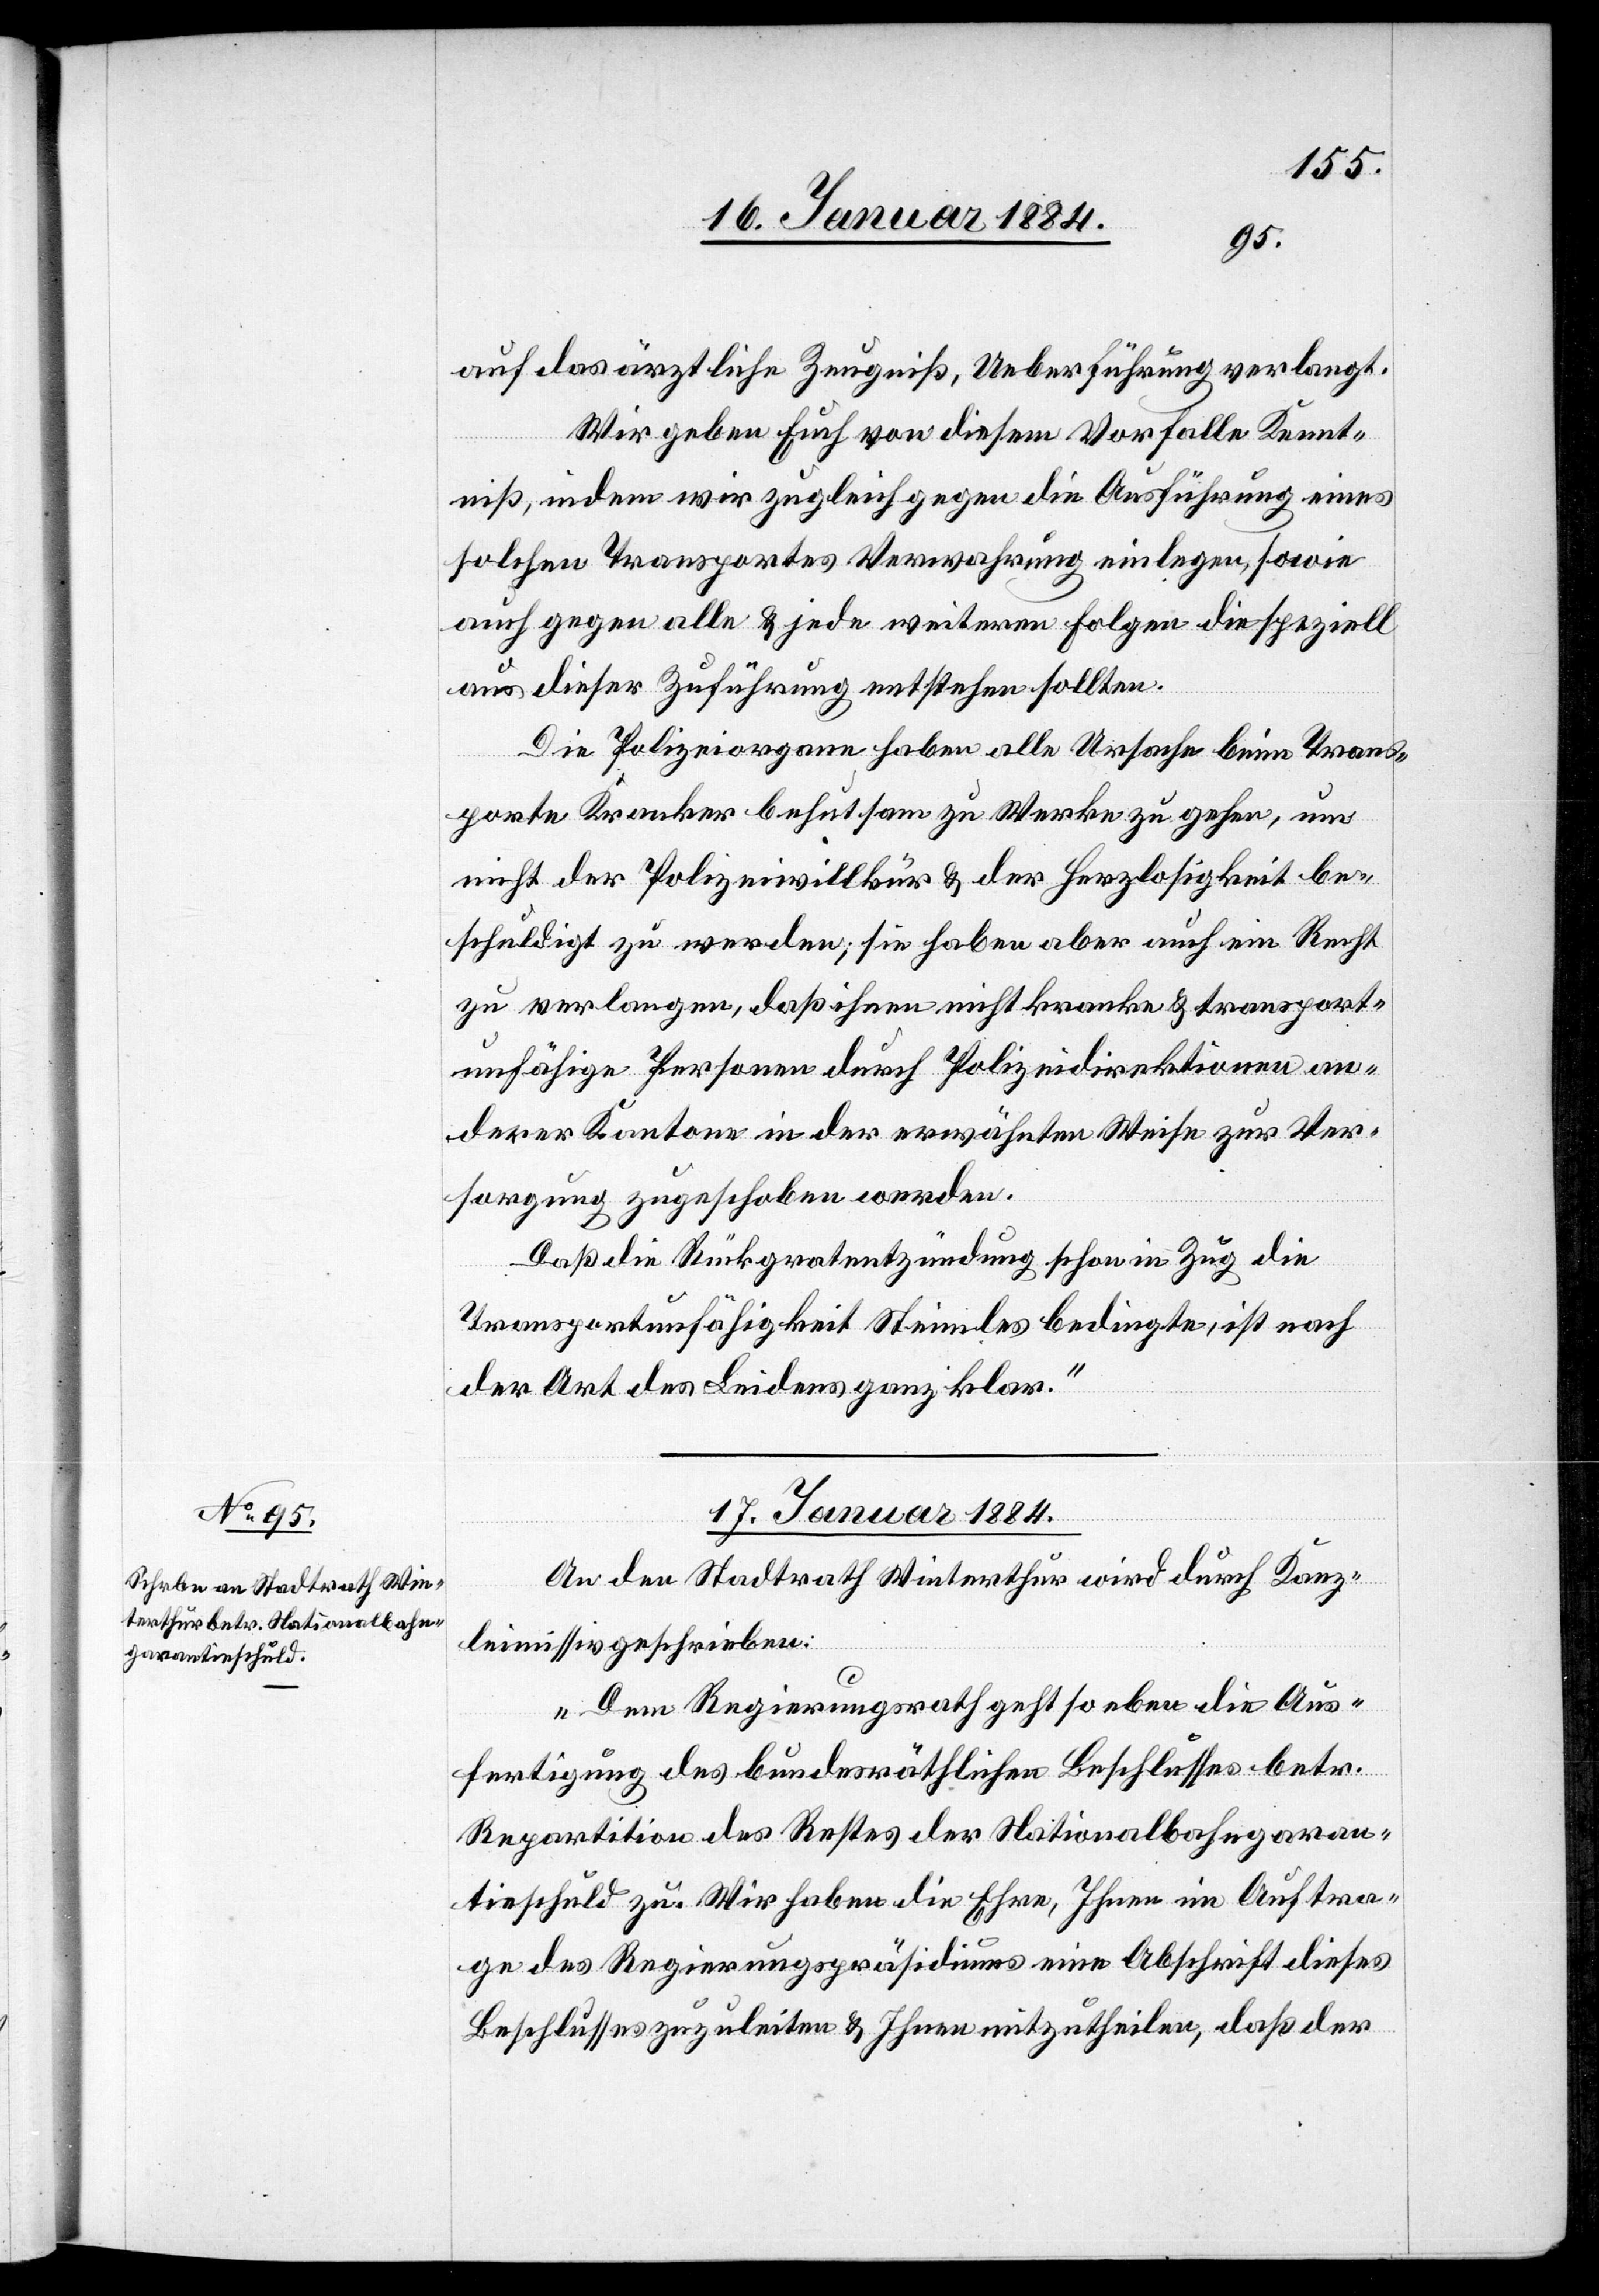
auf das ärztliche Zeugniß, Ueberführung verlangt.
Wir geben Euch von diesem Vorfalle Kennt¬
niß, indem wir zugleich gegen die Ausführung eines
solchen Transportes Verwahrung einlegen, sowie
auch gegen alle & jede weiteren Folgen die speziell
aus dieser Zuführung entstehen sollten.
Die Polizeiorgane haben alle Ursachen beim Trans¬
porte Kranker behutsam zu Werke zu gehen, um
nicht der Polizeiwillkür & der Herzlosigkeit be¬
schuldigt zu werden; sie haben aber auch ein Recht
zu verlangen, daß ihnen nicht kranke & transport¬
unfähige Personen durch Polizeidirektionen an¬
derer Kantone in der erwähnten Weise zur Ver¬
sorgung zugeschoben werden.
Daß die Rückgratentzündung schon in Zug die
Transportunfähigkeit Steimles bedingte, ist nach
der Art des Leidens ganz klar.“
17. Januar 1884.
An den Stadtrath Winterthur wird durch Kanz¬
leimissiv geschrieben:
„Dem Regierungsrath geht so eben die Aus¬
fertigung des bundesräthlichen Beschlusses betr.
Repartition des Restes der Nationalbahngaran¬
tieschuld zu. Wir haben die Ehre, Ihnen im Auftra¬
ge des Regierungspräsidiums eine Abschrift dieses
Beschlusses zuzuleiten & Ihnen mitzutheilen, daß der